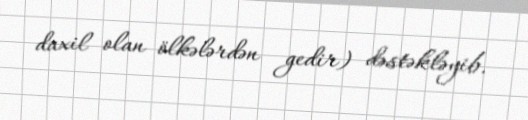
daxil olan ölkələrdən gedir) dəstəkləyib.